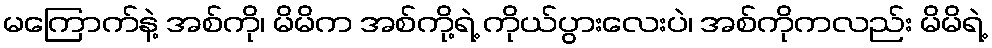
မကြောက်နဲ့ အစ်ကို၊ မိမိက အစ်ကို့ရဲ့ ကိုယ်ပွားလေးပဲ၊ အစ်ကိုကလည်း မိမိရဲ့